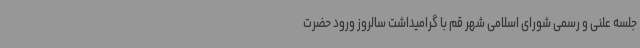
جلسه علنی و رسمی شورای اسلامی شهر قم با گرامیداشت سالروز ورود حضرت